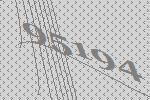
95194